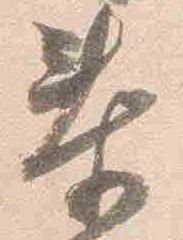
泰